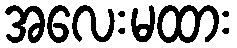
အလေးမထား